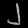
Digit: ၂